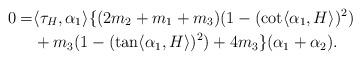
LaTeX: \begin{align*}0=&\langle \tau_{H}, \alpha_{1} \rangle \{(2m_{2}+m_{1}+m_{3}) (1-(\cot \langle \alpha_{1}, H \rangle)^{2}) \\& +m_{3}(1-(\tan \langle \alpha_{1}, H \rangle)^{2})+4m_{3} \}(\alpha_{1}+\alpha_{2}).\end{align*}